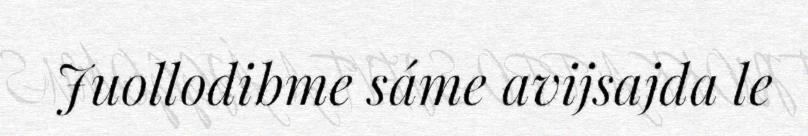
Juollodibme sáme avijsajda le